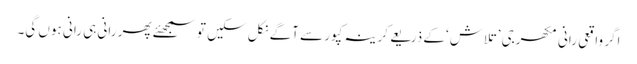
اگر واقعی رانی مکھرجی ’تلاش ‘کے ذریعے کرینہ کپور سے آگے نکل سکیں تو سمجھئے پھر رانی ہی رانی ہوں گی۔